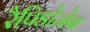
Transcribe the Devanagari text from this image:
रैपिडोजेन